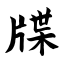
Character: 牒